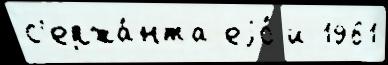
с'ержа́нта еjо́ и 1961